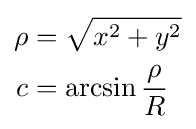
{\begin{aligned}\rho &={\sqrt {x^{2}+y^{2}}}\\c&=\arcsin {\frac {\rho }{R}}\end{aligned}}